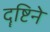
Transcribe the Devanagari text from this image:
दॄष्टिने